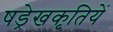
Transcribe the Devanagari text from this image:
षड्रेखकृतियें